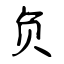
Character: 负